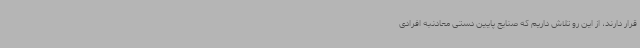
قرار دارند، از این رو تلاش داریم که صنایع پایین دستی معادنبه افرادی